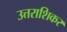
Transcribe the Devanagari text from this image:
उत्तराशिकर